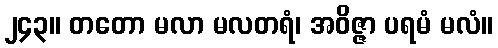
၂၄၃။ တတော မလာ မလတရံ၊ အဝိဇ္ဇာ ပရမံ မလံ။